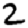
Digit: 2